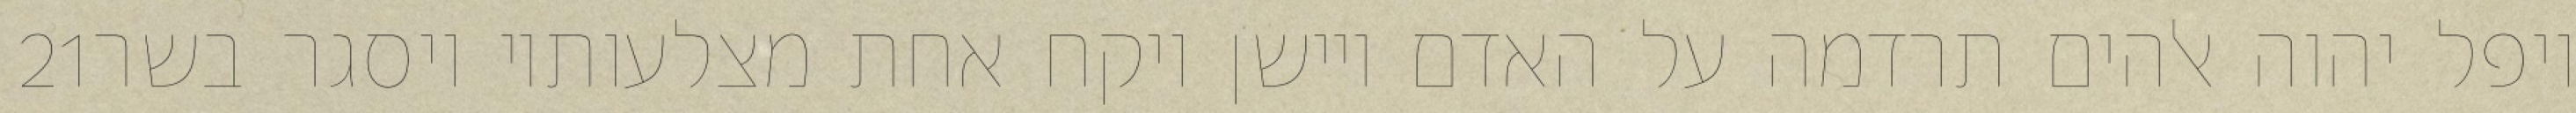
‎21‏ ויפל יהוה אלהים תרדמה על האדם ויישן ויקח אחת מצלעותיו ויסגר בשר